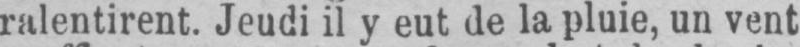
ralentirent. Jeudi il y eut de la pluie, un vent